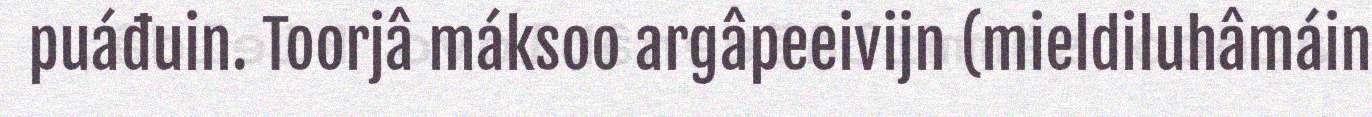
puáđuin. Toorjâ máksoo argâpeeivijn (mieldiluhâmáin